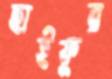
ছাইফুর